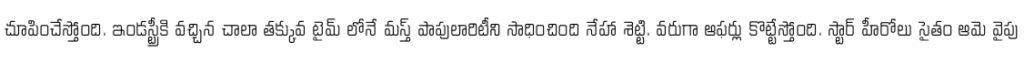
చూపించేస్తోంది. ఇండస్ట్రీకి వచ్చిన చాలా తక్కువ టైమ్ లోనే మస్త్ పాపులారిటీని సాధించింది నేహా శెట్టి. వరుగా ఆఫర్లు కొట్టేస్తోంది. స్టార్ హీరోలు సైతం ఆమె వైపు